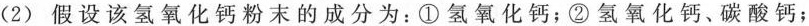
(2)假设该氢氧化钙粉末的成分为：①氢氧化钙；②氢氧化钙、碳酸钙；